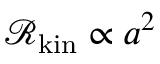
\mathscr { R } _ { \mathrm { k i n } } \propto a ^ { 2 }